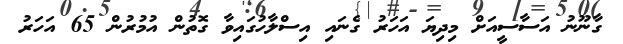
ގާނޫނު އަސާސީއަށް މިދިޔަ އަހަރު ގެނައި އިސްލާހުގައިވާ ގޮތުން އުމުރުން 65 އަހަރު